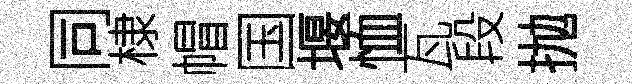
同棣帽国堰恤瓦段抛